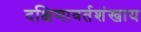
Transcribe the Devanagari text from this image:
दक्षिणावर्तशंखाय